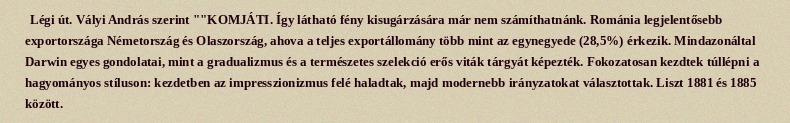
Légi út. Vályi András szerint ""KOMJÁTI. Így látható fény kisugárzására már nem számíthatnánk. Románia legjelentősebb exportországa Németország és Olaszország, ahova a teljes exportállomány több mint az egynegyede (28,5%) érkezik. Mindazonáltal Darwin egyes gondolatai, mint a gradualizmus és a természetes szelekció erős viták tárgyát képezték. Fokozatosan kezdtek túllépni a hagyományos stíluson: kezdetben az impresszionizmus felé haladtak, majd modernebb irányzatokat választottak. Liszt 1881 és 1885 között.